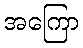
အကြော